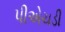
પીએચડી